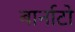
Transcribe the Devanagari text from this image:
बार्नाटो